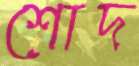
শোদ